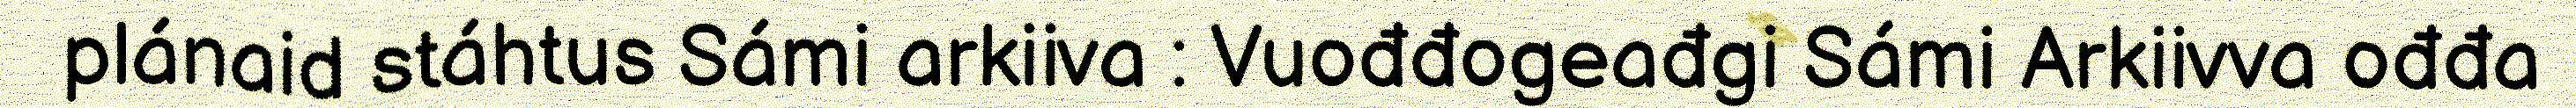
plánaid stáhtus Sámi arkiiva : Vuođđogeađgi Sámi Arkiivva ođđa